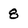
Character: 8